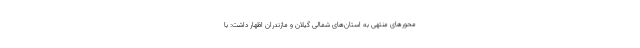
محورهای منتهی به استان‌های شمالی گیلان و مازندران اظهار داشت:‌ با